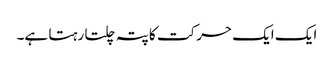
ایک ایک حرکت کا پتہ چلتا رہتا ہے۔